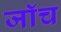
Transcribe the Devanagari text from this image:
जाॅच